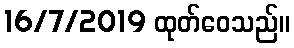
16/7/2019 ထုတ်ဝေသည်။